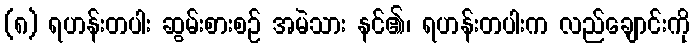
(၈) ရဟန်းတပါး ဆွမ်းစားစဉ် အမဲသား နင်၏၊ ရဟန်းတပါးက လည်ချောင်းကို